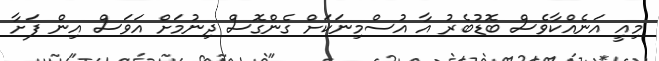
މިއީ އަނެއްކާވެސް ބޮޑުބެރު އާ އުސްމިނަކަށް ގެންގޮސް ދިނުމަށް އަވަސް އިން ފަށާ